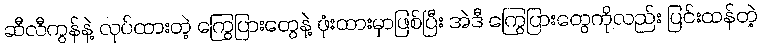
ဆီလီကွန်နဲ့ လုပ်ထားတဲ့ ကြွေပြားတွေနဲ့ ဖုံးထားမှာဖြစ်ပြီး အဲဒီ ကြွေပြားတွေကိုလည်း ပြင်းထန်တဲ့